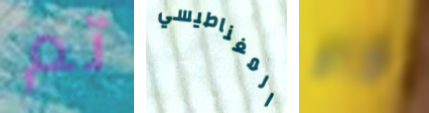
تم المغناطيسي كام